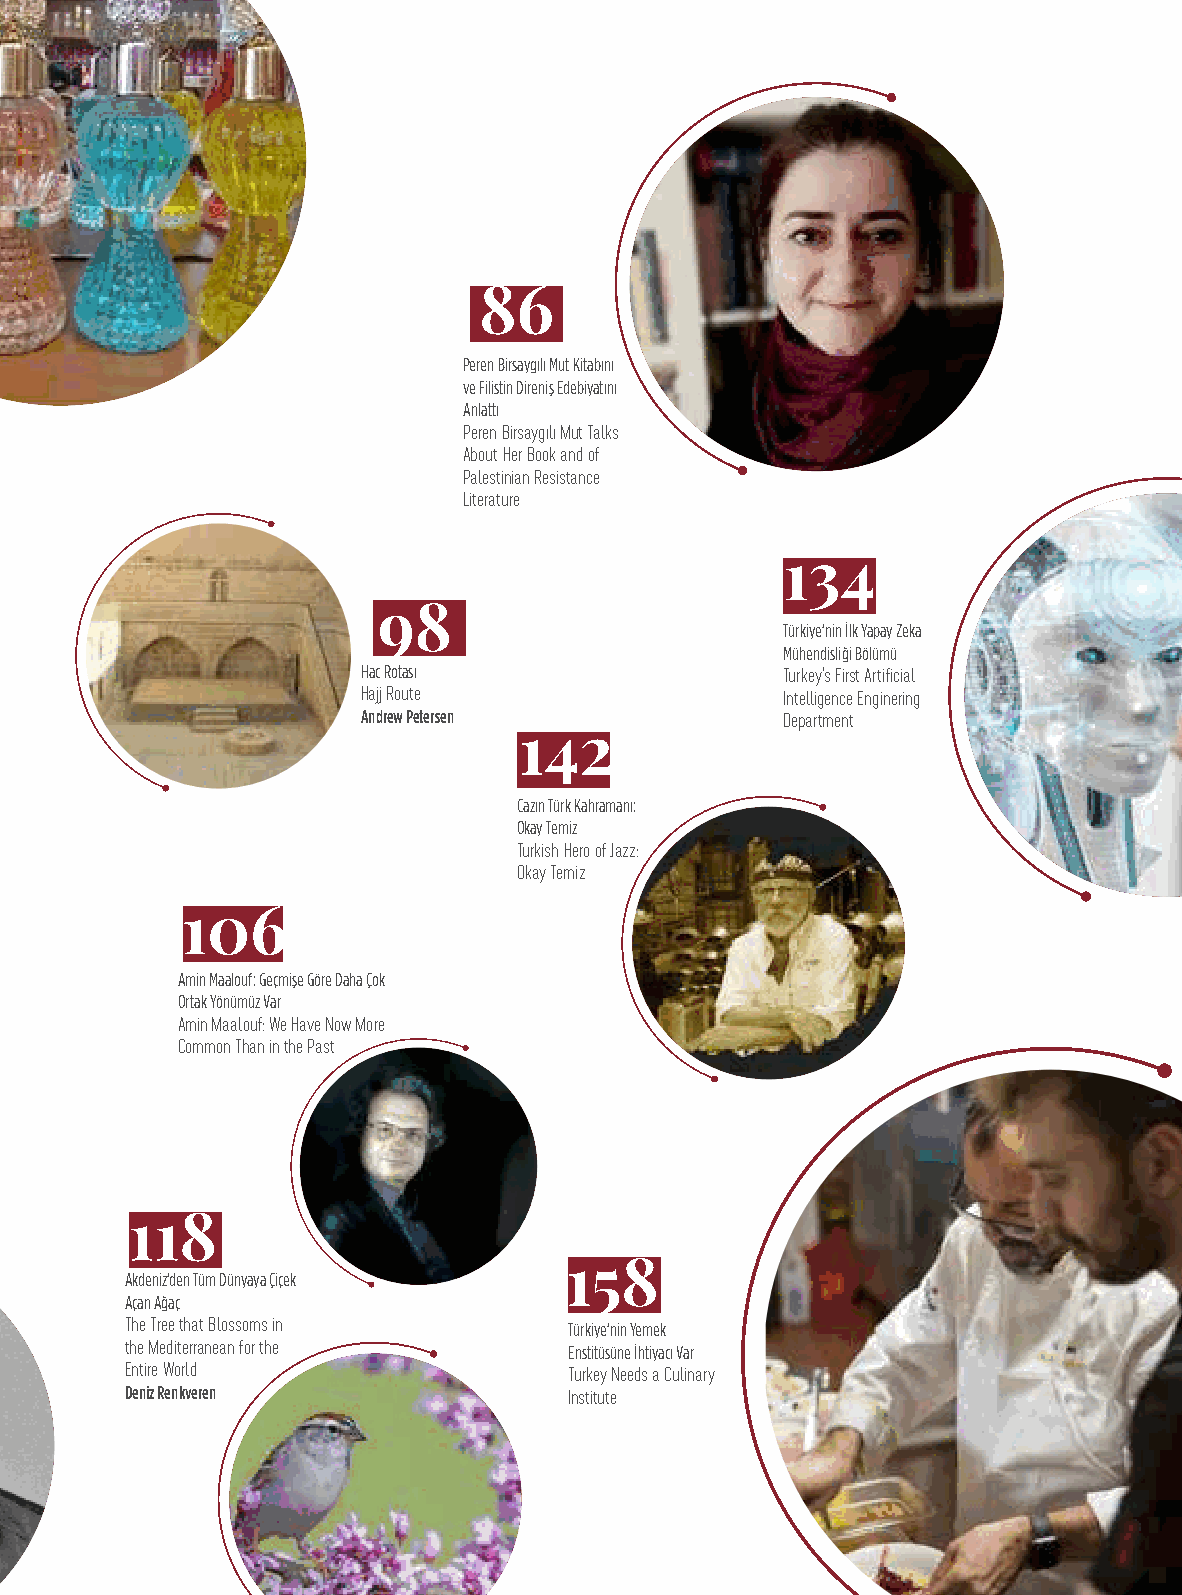
86
 Peren Birsaygılı Mut Kitabını
 ve Filistin Direniş Edebiyatını
 Anlattı
 Peren Birsaygılı Mut Talks
 About Her Book and of
 Palestinian Resistance
 Literature
 134
 98
 Türkiye’nin İlk Yapay Zeka
 Mühendisliği Bölümü
 Hac Rotası
 Turkey’s First Artificial
 Hajj Route                  Intelligence Enginering
 Andrew Petersen
 Department
 142
 Cazın Türk Kahramanı:
 Okay Temiz
 Turkish Hero of Jazz:
 Okay Temiz
 106
 Amin Maalouf: Geçmişe Göre Daha Çok
 Ortak Yönümüz Var
 Amin Maalouf: We Have Now More
 Common Than in the Past
 118
 158
 Akdeniz’den Tüm Dünyaya Çiçek
 Açan Ağaç
 The Tree that Blossoms in     Türkiye’nin Yemek
 the Mediterranean for the     Enstitüsüne İhtiyacı Var
 Entire World                  Turkey Needs a Culinary
 Deniz Renkveren
 Institute